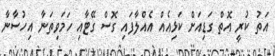
އަތު ކުރީ އޮތް ގަޑިއަށް ކަޅިއެއް އެއްލާފައި ގޮސް ގޭޓާއި ހަމަވިތަނާ އިހުސާނާ